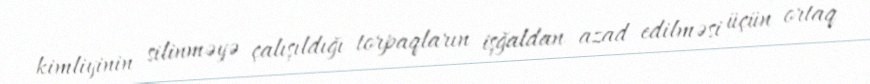
kimliyinin silinməyə çalışıldığı torpaqların işğaldan azad edilməsi üçün ortaq